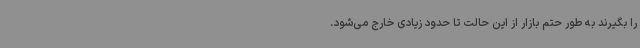
را بگیرند به طور حتم بازار از این حالت تا حدود زیادی خارج می‌شود.